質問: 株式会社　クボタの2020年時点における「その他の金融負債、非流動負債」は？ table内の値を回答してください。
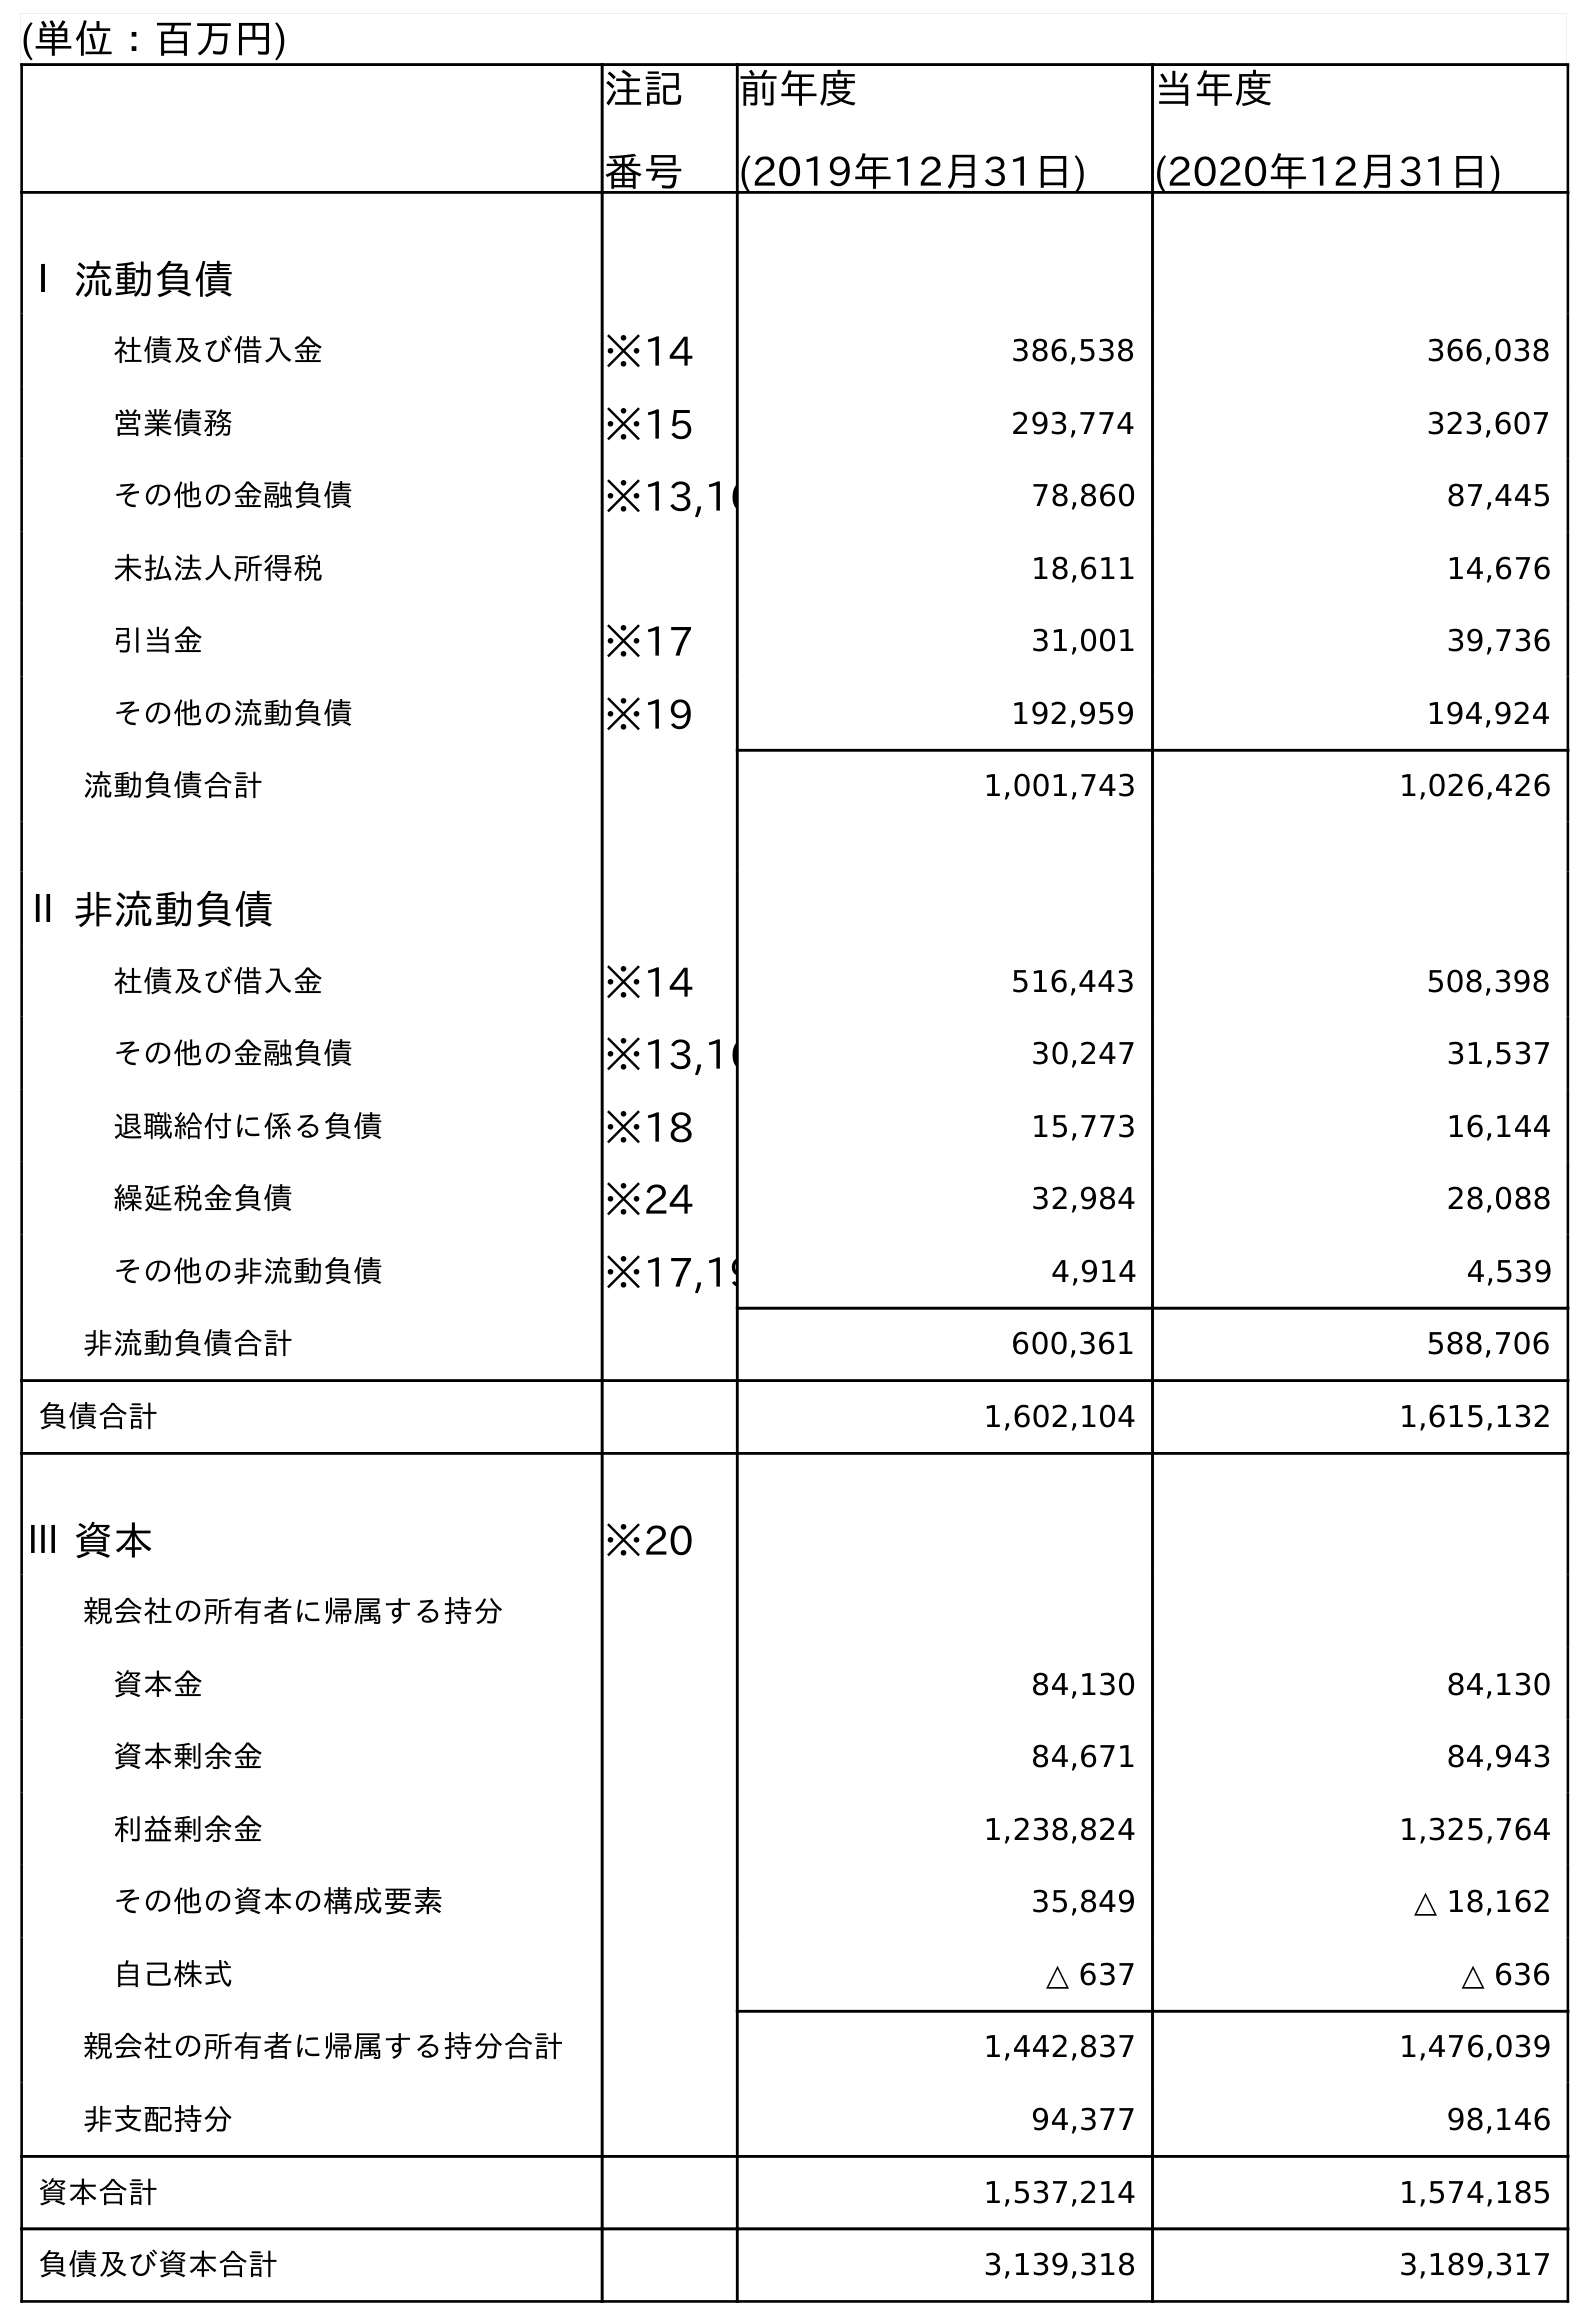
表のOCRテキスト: (単位：百万円) 注記 番号 前年度 (2019年12月31日) 当年度 (2020年12月31日) Ⅰ 流動負債 社債及び借入金 ※14 386,538 366,038 営業債務 ※15 293,774 323,607 その他の金融負債 ※13,16 78,860 87,445 未払法人所得税 18,611 14,676 引当金 ※17 31,001 39,736 その他の流動負債 ※19 192,959 194,924 流動負債合計 1,001,743 1,026,426 Ⅱ 非流動負債 社債及び借入金 ※14 516,443 508,398 その他の金融負債 ※13,16 30,247 31,537 退職給付に係る負債 ※18 15,773 16,144 繰延税金負債 ※24 32,984 28,088 その他の非流動負債 ※17,19 4,914 4,539 非流動負債合計 600,361 588,706 負債合計 1,602,104 1,615,132 Ⅲ 資本 ※20 親会社の所有者に帰属する持分 資本金 84,130 84,130 資本剰余金 84,671 84,943 利益剰余金 1,238,824 1,325,764 その他の資本の構成要素 35,849 △ 18,162 自己株式 △ 637 △ 636 親会社の所有者に帰属する持分合計 1,442,837 1,476,039 非支配持分 94,377 98,146 資本合計 1,537,214 1,574,185 負債及び資本合計 3,139,318 3,189,317
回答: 31,537